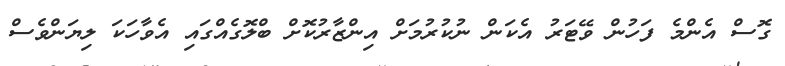
ގޮސް އެންމެ ފަހުން ވޭޓަރު އެކަން ނުކުރުމަށް އިންޒާރުކޮށް ބްލޮގެއްގައި އެވާހަކަ ލިޔަންވެސް